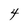
Character: 4